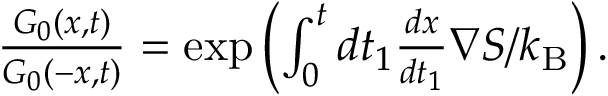
\begin{array} { r } { \frac { G _ { 0 } ( x , t ) } { G _ { 0 } ( - x , t ) } = \exp \left( \int _ { 0 } ^ { t } d t _ { 1 } \frac { d x } { d t _ { 1 } } \nabla S / k _ { \mathrm { B } } \right) . } \end{array}